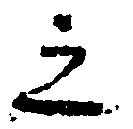
之